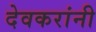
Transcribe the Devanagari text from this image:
देवकरांनी